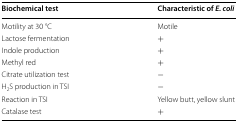
<table><thead><tr><td><b>Biochemical test</b></td><td><b>Characteristic of <i>E. coli</i></b></td></tr></thead><tbody><tr><td>Motility at 30 °C</td><td>Motile</td></tr><tr><td>Lactose fermentation</td><td>+</td></tr><tr><td>Indole production</td><td>+</td></tr><tr><td>Methyl red</td><td>+</td></tr><tr><td>Citrate utilization test</td><td>−</td></tr><tr><td>H<sub>2</sub>S production in TSI</td><td>−</td></tr><tr><td>Reaction in TSI</td><td>Yellow butt, yellow slunt</td></tr><tr><td>Catalase test</td><td>+</td></tr></tbody></table>